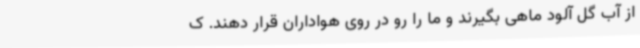
از آب گل آلود ماهی بگیرند و ما را رو در روی هواداران قرار دهند. ک